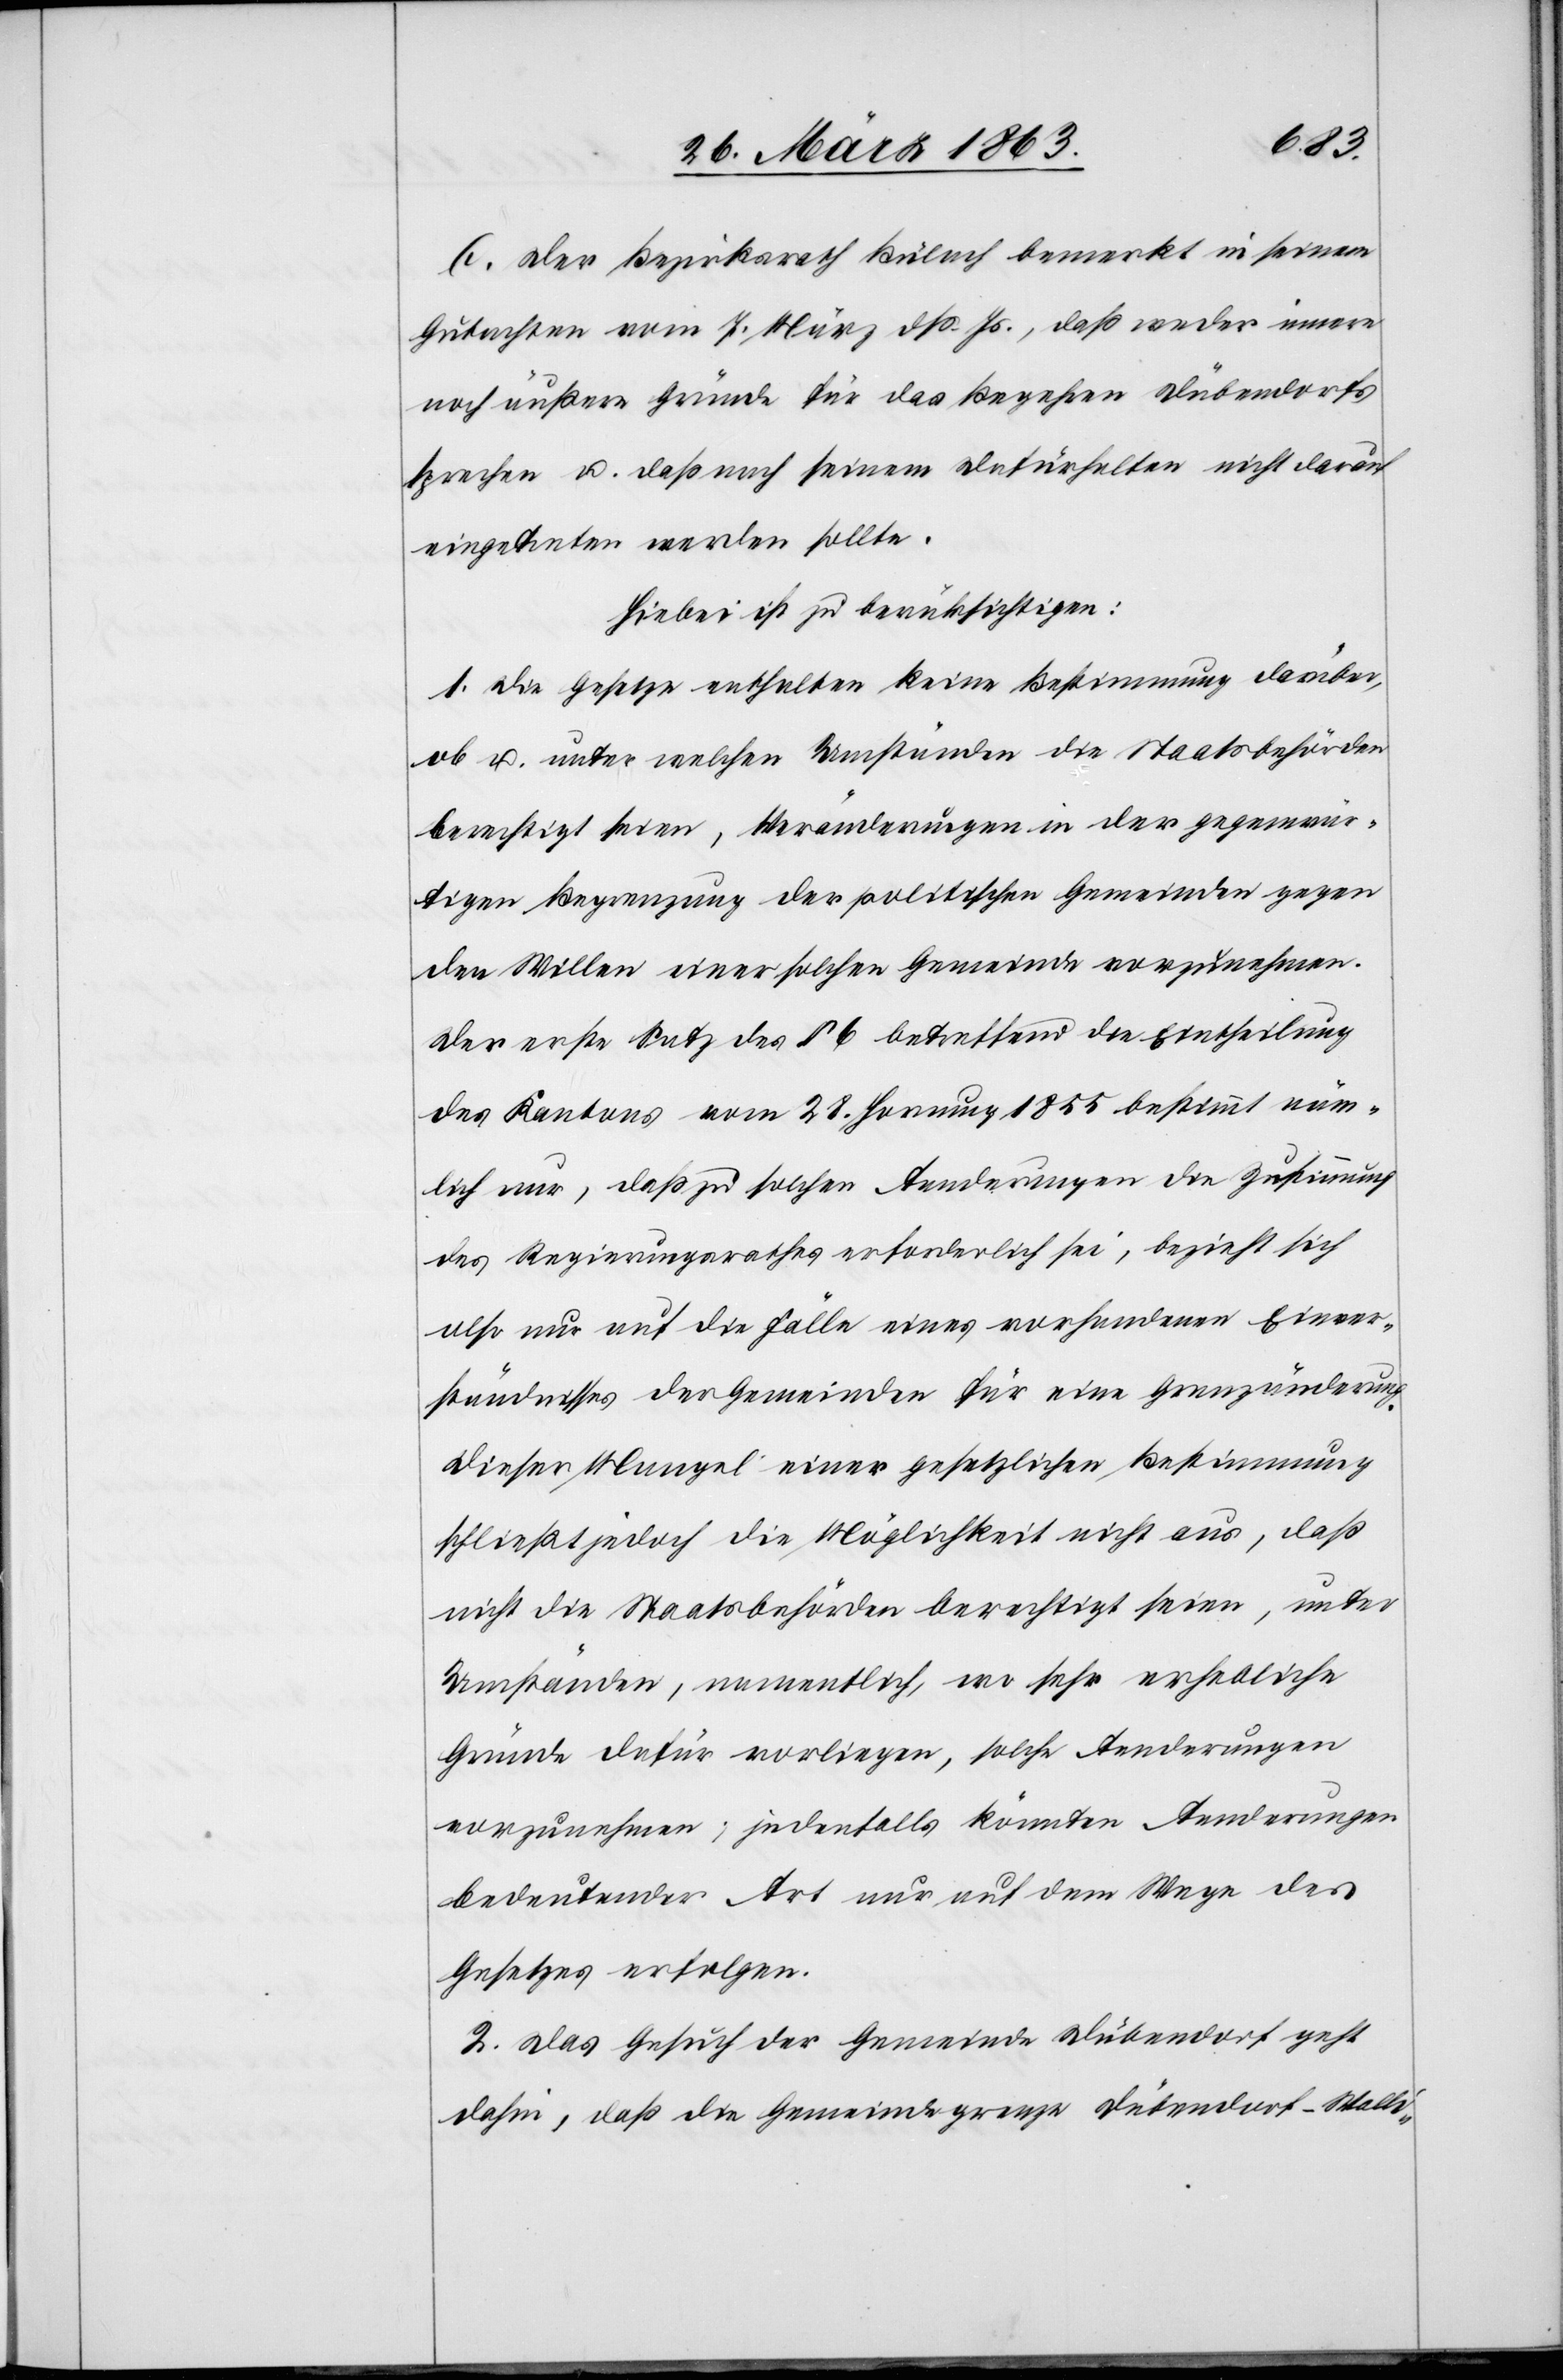
C. Der Bezirksrath Bülach bemerkt in seinem
Gutachten vom 7. März dß. Js., daß weder innere
noch äußere Gründe für das Begehren Dübendorfs
sprachen u. daß nach seinem Dafürhalten nicht darauf
eingetreten werden sollte.
Hiebei ist zu berücksichtigen:
1. Die Gesetze enthalten keine Bestimmung darüber,
ob u. unter welchen Umständen die Staatsbehörden
berechtigt seien, Veränderungen in der gegenwär¬
tigen Begrenzung der politischen Gemeinden gegen
den Willen einer solchen Gemeinde vorzunehmen.
Der erste Satz des § 6 betreffend die Eintheilung
des Kantons vom 28. Hornung 1855 bestimmt näm¬
lich nur, daß zu solchen Aenderungen die Zustimmung
des Regierungsrathes erforderlich sei, bezieht sich
also nur auf die Fälle eines vorhandenen Einver¬
ständnisses der Gemeinden für eine Grenzänderung.
Dieser Mangel einer gesetzlichen Bestimmung
schließt jedoch die Möglichkeit nicht aus, daß
nicht die Staatsbehörden berechtigt seien, unter
Umständen, namentlich, wo sehr erhebliche
Gründe dafür vorliegen, solche Aenderungen
vorzunehmen; jedenfalls könnten Aenderungen
bedeutender Art nur auf dem Wege des
Gesetzes erfolgen.
2. Das Gesuch der Gemeinde Dübendorf geht
dahin, daß die Gemeindegrenze Dübendorf-Walli-